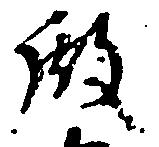
殿